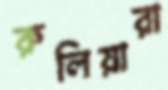
রুলিয়ারা